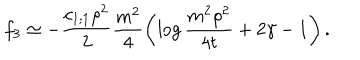
LaTeX: f _ { 3 } \simeq - \frac { c _ { 1 ; 1 } \rho ^ { 2 } } { 2 } \frac { m ^ { 2 } } { 4 } \left( \log \frac { m ^ { 2 } \rho ^ { 2 } } { 4 t } + 2 \gamma - 1 \right) .